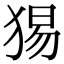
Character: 𤟍